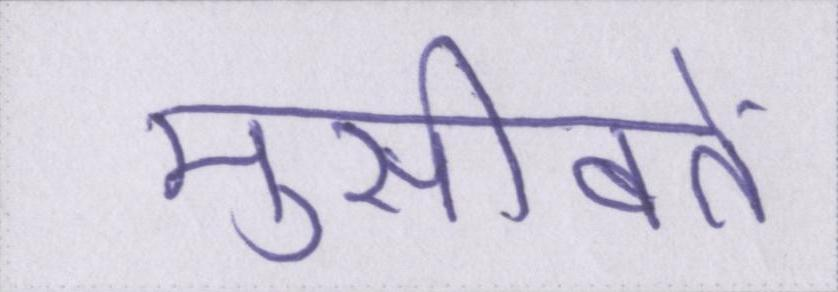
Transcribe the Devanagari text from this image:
मुसीबतें